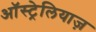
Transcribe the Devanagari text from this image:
ऑस्ट्रेलियाज़